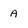
Character: a